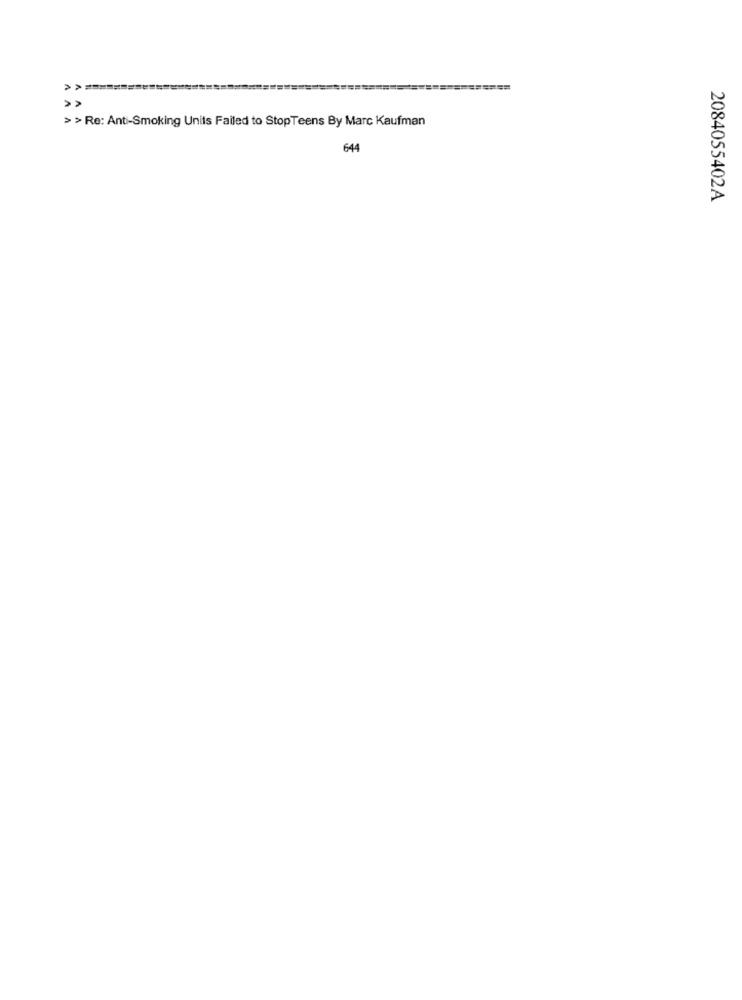
>> Re: Anti-Smoking Units Failed to StopTeens By Marc Kaufman
644
2084055402A